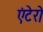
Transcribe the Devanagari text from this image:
एंटेरो